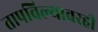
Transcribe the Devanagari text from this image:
तापविल्यावरही